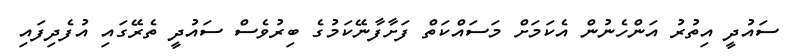
ސައުދީ އިތުރު އަންހެނުން އެކަމަށް މަސައްކަތް ފަށާފާނޭކަމުގެ ބިރުވެސް ސައުދީ ތެރޭގައި އުފެދިފައި